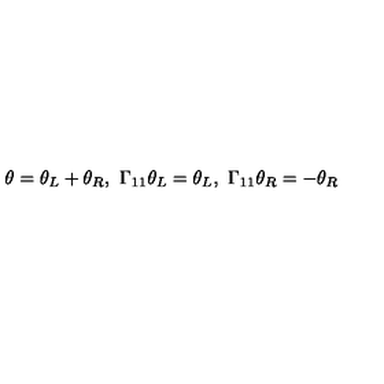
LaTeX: \theta = \theta _ { L } + \theta _ { R } , \ \Gamma _ { 1 1 } \theta _ { L } = \theta _ { L } , \ \Gamma _ { 1 1 } \theta _ { R } = - \theta _ { R }